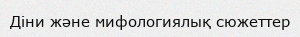
Дiни және мифологиялық сюжеттер